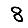
Digit: 8